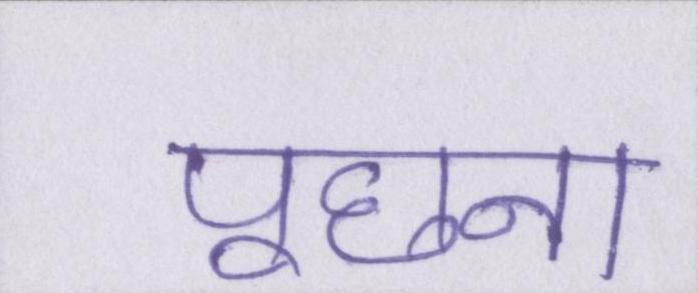
पूछना